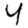
Digit: 4